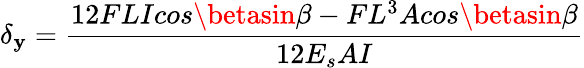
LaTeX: \delta{_\mathbf{y}}=\frac{{12FLIcos\betasin\beta-FL^{3}Acos\betasin\beta}}{{12E_{s}AI}}